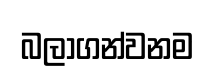
බලාගන්වනම